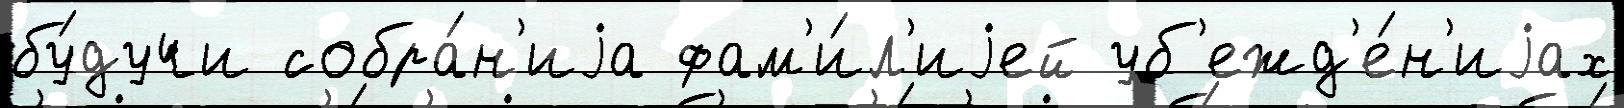
бу́дучи собра́н'иjа фам'и́л'иjей уб'ежд'е́н'иjах